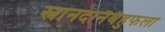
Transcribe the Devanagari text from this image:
स्नानदानैर्बहुफला